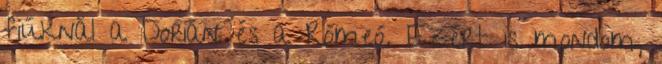
fiúknál a Dorián és a Rómeó. Ezért is mondom,